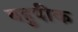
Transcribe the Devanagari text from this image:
बहुपीक